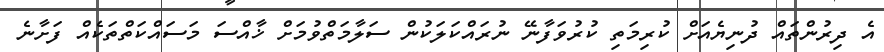
އެ ދިރުންތައް ދުނިޔެއަށް ކުރިމަތި ކުރުވަފާނޭ ނުރައްކަލަކުން ސަލާމަތްވުމަށް ޚާއްސަ މަސައްކަތްތަކެއް ފަށާނެ